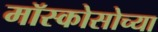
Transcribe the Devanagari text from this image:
मॉस्कोसोच्या